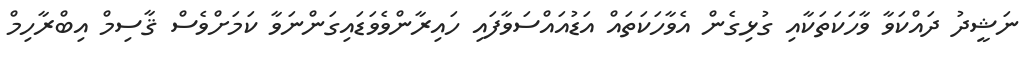
ނަޝީދު ދައްކަވާ ވާހަކަތަކާއި ގުޅިގެން އެވާހަކަތައް އަޑުއައްސަވާފައި ހައިރާންވެވަޑައިގަންނަވާ ކަމަށްވެސް ޤާސިމް އިބްރާހިމް